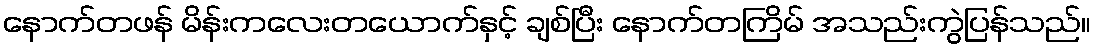
နောက်တဖန် မိန်းကလေးတယောက်နှင့် ချစ်ပြီး နောက်တကြိမ် အသည်းကွဲပြန်သည်။